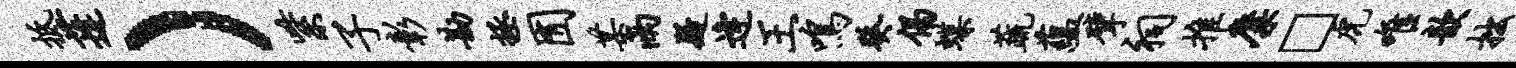
抵蓬）紫子彰勘拯囿某雨疑逄王鸣癸偈蝶蔬蕴擘祠推麋□虎唯歆拙